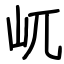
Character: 屼